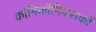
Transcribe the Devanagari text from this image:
काॅमिकॉमिक्सकों